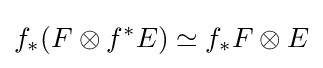
f_{*}(F\otimes f^{*}E)\simeq f_{*}F\otimes E